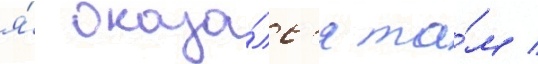
я́ оказа́лс'я та́м /